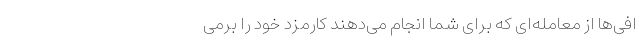
افی‌ها از معامله‌ای که برای شما انجام می‌دهند کارمزد خود را برمی‌